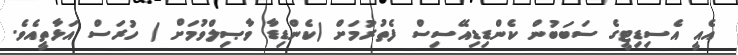
އެއީ އެސިޑިޓީގެ ސަބަބުން ކެންޑިޑިއޭސިސް ފެތުރުމަށް (ކެންޑިޑާ ވާޞިލްވުމަށް ) ހުރަސް އަޅާތީއެވެ.